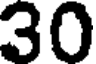
30